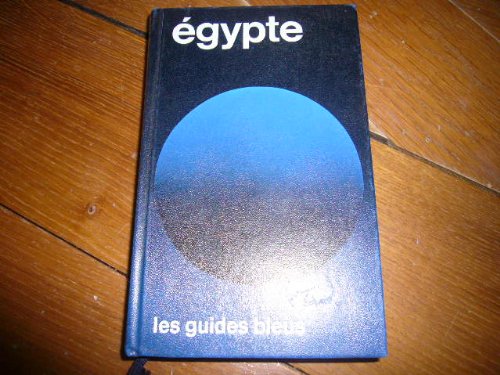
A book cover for A Ceylan (Sri Lanka) et aux Maldives (Guides bleus a) (French Edition); Gaetan Fouquet; Travel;